Indian journal of veterinary science and animal husbandry - Volumes 26-27, 1956-1957
Year: 1956
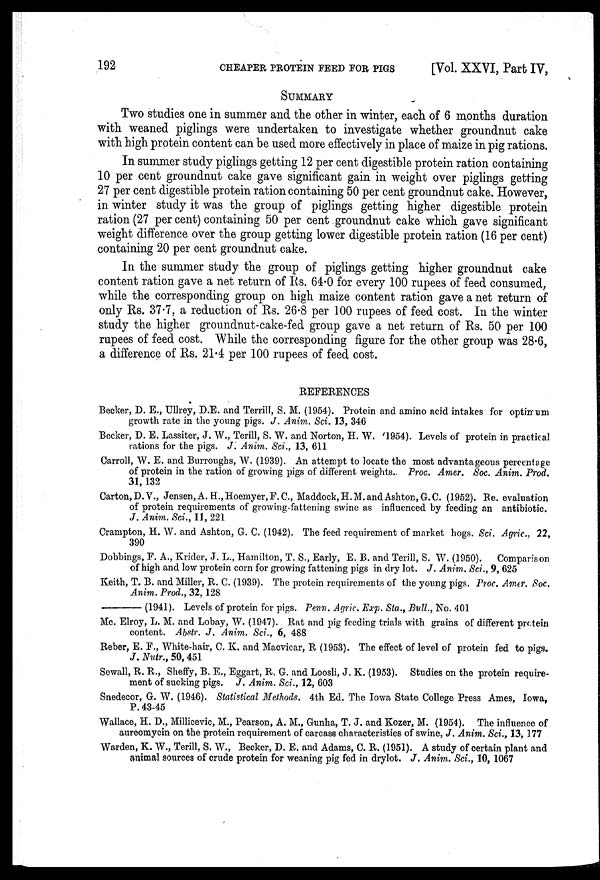
192
CHEAPER PROTEIN FEED FOR PIGS
[Vol. XXVI, Part IV,
SUMMARY
Two studies one in summer and the other in winter, each of 6 months duration
with weaned piglings were undertaken to investigate whether groundnut cake
with high protein content can be used more effectively in place of maize in pig rations.
In summer study piglings getting 12 per cent digestible protein ration containing
10 per cent groundnut cake gave significant gain in weight over piglings getting
27 per cent digestible protein ration containing 50 per cent groundnut cake. However,
in winter study it was the group of piglings getting higher digestible protein
ration (27 per cent) containing 50 per cent groundnut cake which gave significant
weight difference over the group getting lower digestible protein ration (16 per cent)
containing 20 per cent groundnut cake.
In the summer study the group of piglings getting higher groundnut cake
content ration gave a net return of Rs. 64.0 for every 100 rupees of feed consumed,
while the corresponding group on high maize content ration gave a net return of
only Rs. 37.7, a reduction of Rs. 26.8 per 100 rupees of feed cost. In the winter
study the higher groundnut-cake-fed group gave a net return of Rs. 50 per 100
rupees of feed cost. While the corresponding figure for the other group was 28.6,
a difference of Rs. 21.4 per 100 rupees of feed cost.
REFERENCES
Becker, D. E., Ullrey, D.E. and Terrill, S. M. (1954). Protein and amino acid intakes for optimum
growth rate in the young pigs. J. Anim. Sci. 13, 346
Becker, D. E. Lassiter, J. W., Terill, S. W. and Norton, H. W. (1954). Levels of protein in practical
rations for the pigs. J. Anim. Sci., 13, 611
Carroll, W. E. and Burroughs, W. (1939). An attempt to locate the most advantageous percentage
of protein in the ration of growing pigs of different weights. Proc. Amer. Soc. Anim. Prod.
31, 132
Carton,D.V., Jensen, A. H., Hoemyer, F. C., Maddock, H. M. and Ashton, G. C. (1952). Re. evaluation
of protein requirements of growing-fattening swine as influenced by feeding an antibiotic.
J. Anim. Sci., 11, 221
Crampton, H. W. and Ashton, G. C. (1942). The feed requirement of market hogs. Sci. Agric., 22,
390
Dobbings, F. A., Krider, J. L., Hamilton, T. S., Early, E. B. and Terill, S. W. (1950). Comparison
of high and low protein corn for growing fattening pigs in dry lot. J. Anim. Sci., 9, 625
Keith, T. B. and Miller, R. C. (1939). The protein requirements of the young pigs. Proc. Amer. Soc.
Anim. Prod., 32, 128
—(1941).
Levels of protein for pigs. Penn. Agric. Exp. Sta., Bull., No. 401
Mc. Elroy, L. M. and Lobay, W. (1947). Rat and pig feeding trials with grains of different protein
content. Abstr. J. Anim. Sci., 6, 488
Reber, E. F., White-hair, C. K. and Macvicar, R (1953). The effect of level of protein fed to pigs.
J. Nutr., 50, 451
Sewall, R. R., Sheffy, B. E., Eggart, R. G. and Loosli, J. K. (1953). Studies on the protein require-
ment of sucking pigs. J. Anim. Sci., 12, 603
Snedecor, G. W. (1946). Statistical Methods. 4th Ed. The Iowa State College Press Ames, Iowa,
P. 43-45
Wallace, H. D., Millicevic, M., Pearson, A. M., Gunha, T. J. and Kozer, M. (1954). The influence of
aureomycin on the protein requirement of carcass characteristics of swine, J. Anim. Sci., 13, 177
Warden, K. W., Terill, S. W., Becker, D. E. and Adams, C. R. (1951). A study of certain plant and
animal sources of crude protein for weaning pig fed in drylot. J. Anim. Sci., 10, 1067